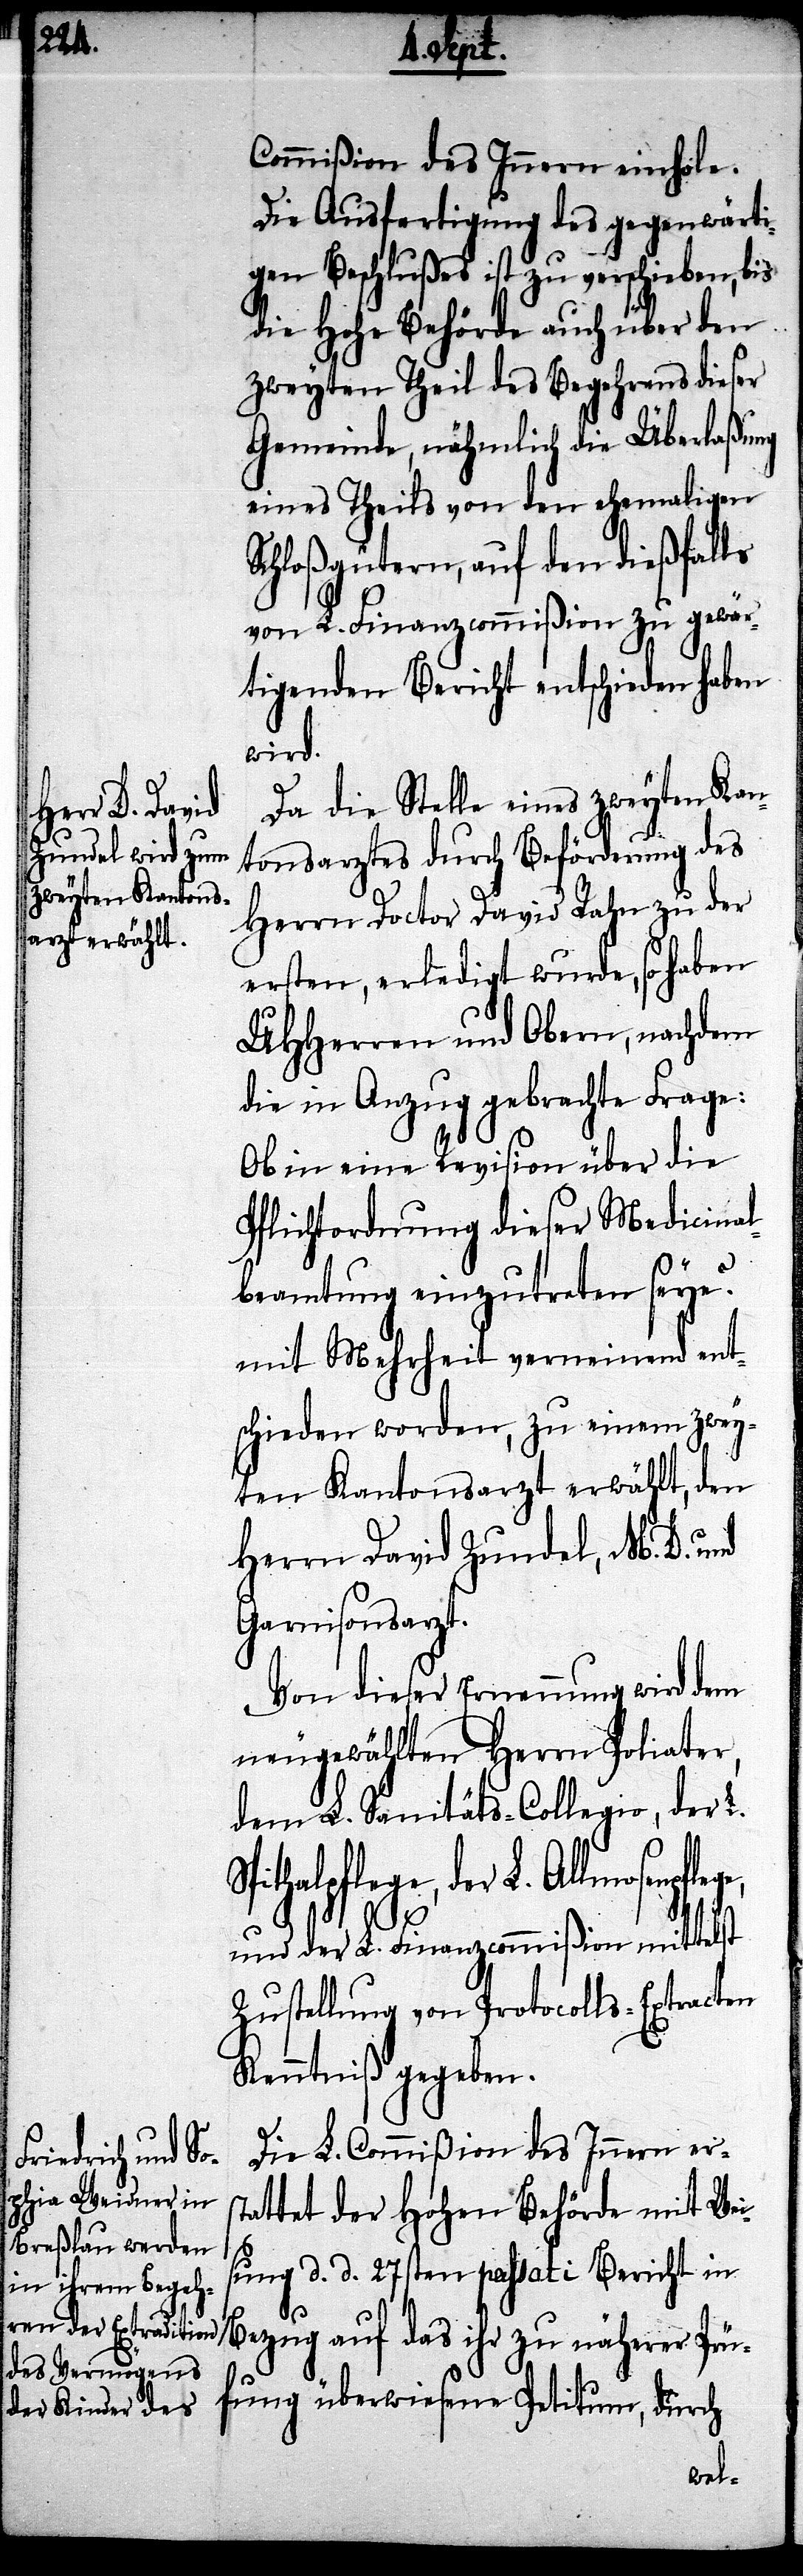
pflege,
Commißion des Innern einhole.
Die Ausfertigung des gegenwärti¬
gen Beschlußes ist zu verschieben, bis
die hohe Behörde auch über den
zweyten Theil des Begehrens dieser
Gemeinde, nähmlich die Überlaßung
eines Theils von den ehemaligen
Schloßgütern, auf den dießfalls
von L. Finanzcommißion zu gewär¬
tigenden Bericht entschieden haben
wird.
Da die Stelle eines zweyten Kan¬
tonsarztes durch Beförderung des
Herrn Doctor David Rahn zu der
ersten, erledigt wurde, so haben
UHHerren und Obern, nachdem
die in Anzug gebrachte Frage:
Ob in eine Revision über die
Pflichtordnung dieser Medicinal¬
beamtung einzutreten seye?
mit Mehrheit verneinend ent¬
schieden worden, zu einem zwey¬
ten Kantonsarzt erwählt, den
Herrn David Zundel, M. D. und
Garnisonsarzt.
Von dieser Ernennung wird dem
neugewählten Herrn Poliater,
dem L. Sanitäts-Collegio, der L.
ithalpflege, der L. Allmosen¬
und der L. Finanzcommißion mittelst
Zustellung von Protocolls-Extracten
Kenntniß gegeben.
Die L. Commißion des Innern erst¬
attet der hohen Behörde mit Wei¬
sung d. d. 27sten passati Bericht in
Bezug auf das ihr zu näherer Prü¬
Sp¬
fung überwiesene Petitum, durch